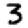
Digit: 3